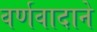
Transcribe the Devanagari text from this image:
वर्णवादाने